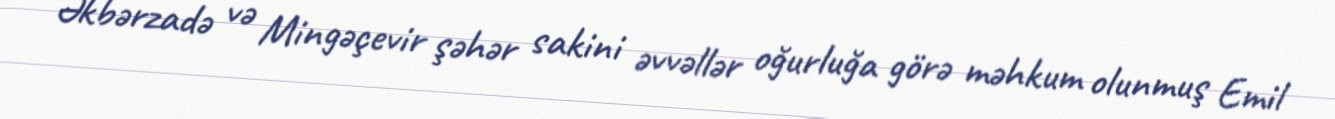
Əkbərzadə və Mingəçevir şəhər sakini əvvəllər oğurluğa görə məhkum olunmuş Emil